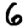
Digit: 6